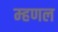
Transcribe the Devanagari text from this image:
म्‍हणल